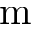
\mathrm { ~ m }